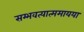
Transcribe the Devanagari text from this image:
सम्भवत्यात्ममायया